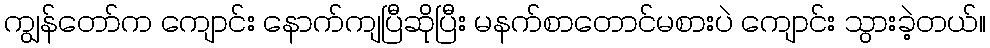
ကျွန်တော်က ကျောင်း နောက်ကျပြီဆိုပြီး မနက်စာတောင်မစားပဲ ကျောင်း သွားခဲ့တယ်။